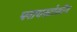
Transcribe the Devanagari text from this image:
प्लायस्टोसीन